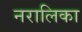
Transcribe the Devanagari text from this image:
नरालिका